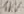
Text: 1%